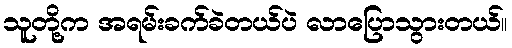
သူတို့က အရမ်းခက်ခဲတယ်ပဲ လာပြောသွားတယ်။